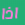
اذا